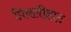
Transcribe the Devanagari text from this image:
प्रिक्लीहाट